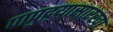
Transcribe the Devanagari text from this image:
पापुद्र्यासारखा